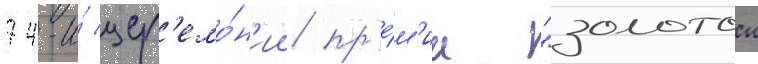
74-и́ цер'емо́н'ии пр'е́м'ии "золотои